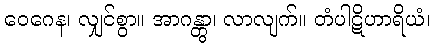
ဝေဂေန၊ လျှင်စွာ။ အာဂန္တွာ၊ လာလျက်။ တံပါဋိဟာရိယံ၊